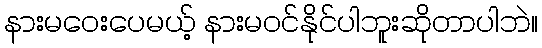
နားမဝေးပေမယ့် နားမဝင်နိုင်ပါဘူးဆိုတာပါဘဲ။